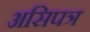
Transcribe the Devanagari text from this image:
असिपत्र